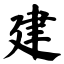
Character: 建